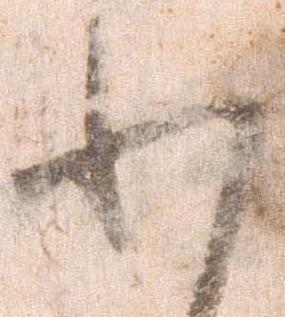
わ